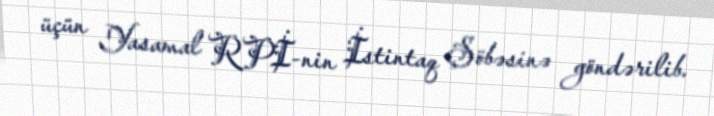
üçün Yasamal RPİ-nin İstintaq Şöbəsinə göndərilib.